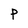
Character: P